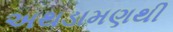
અથડામણથી